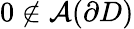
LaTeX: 0\not\in\mathcal{A}(\partial D)